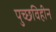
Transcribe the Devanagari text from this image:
पुच्छविहीन